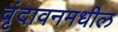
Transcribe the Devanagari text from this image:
वृंदावनमधील